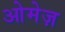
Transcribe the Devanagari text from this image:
ओमेज़